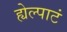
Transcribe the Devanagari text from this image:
ह्येल्पाटं